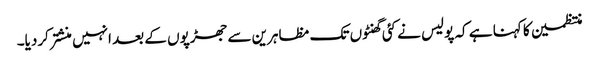
منتظمین کا کہنا ہے کہ پولیس نے کئی گھنٹوں تک مظاہرین سے جھڑپوں کے بعد انہیں منشتر کردیا۔